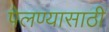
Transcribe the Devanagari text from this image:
पेलण्‍यासाठी